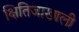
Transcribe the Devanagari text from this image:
क्षितिजाखाली